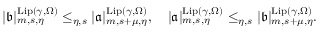
\begin{array} { r } { | \mathfrak { b } | _ { m , s , \eta } ^ { \mathrm { L i p } ( \gamma , \Omega ) } \le _ { \eta , s } | \mathfrak { a } | _ { m , { s + \mu } , \eta } ^ { \mathrm { L i p } ( \gamma , \Omega ) } , \quad | \mathfrak { a } | _ { m , s , \eta } ^ { \mathrm { L i p } ( \gamma , \Omega ) } \le _ { \eta , s } | \mathfrak { b } | _ { m , { s + \mu } , \eta } ^ { \mathrm { L i p } ( \gamma , \Omega ) } . } \end{array}